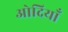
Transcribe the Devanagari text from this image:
ओदियाँ